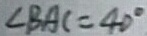
\angle B A C = 4 0 ^ { \circ }